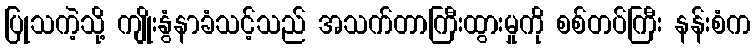
ပြုသကဲ့သို့ ကျိုးနွံနာခံသင့်သည် အသက်တာကြီးထွားမှုကို စစ်တပ်ကြီး နန်းစံက